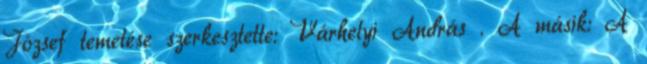
József te­metése szerkesztette: Várhelyi András . A másik: A